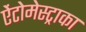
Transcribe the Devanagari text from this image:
ऐंटोमेस्ट्राका